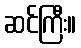
ဆင်ကြီး။